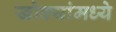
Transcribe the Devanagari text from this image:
खोक्यांमध्ये